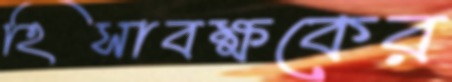
হিসাবক্ষকের